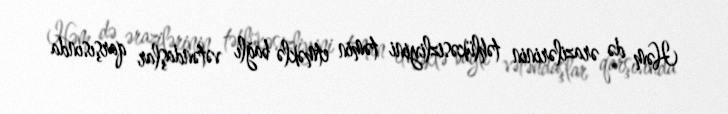
Həm də ərazilərinin təhlükəsizliyini təmin etməklə bağlı vətəndaşlar qarşısında